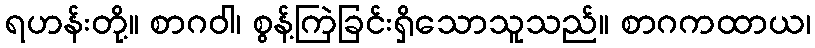
ရဟန်းတို့။ စာဂဝါ၊ စွန့်ကြဲခြင်းရှိသောသူသည်။ စာဂကထာယ၊